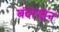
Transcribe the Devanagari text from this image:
बंदरातुन